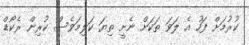
ކުރުމަށް ފަހު އެ ލަވަ ތަކަށް ނެށީ ތިޔަ ކަލިމަވެސް ކުރިން ރެކޯޑް